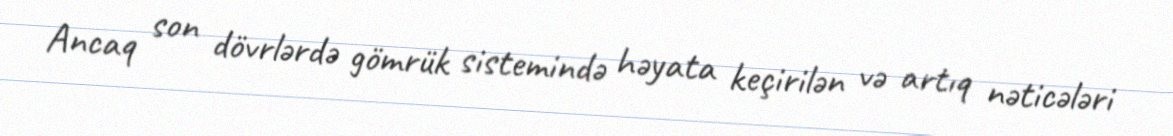
Ancaq son dövrlərdə gömrük sistemində həyata keçirilən və artıq nəticələri